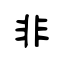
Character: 非